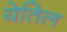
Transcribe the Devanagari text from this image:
येतिल